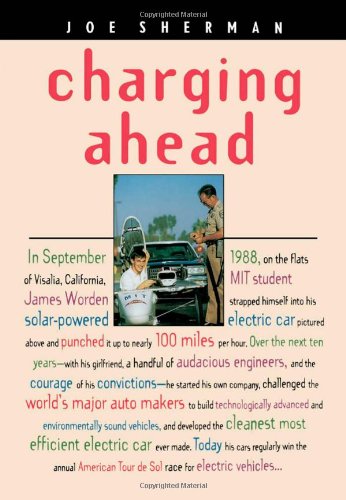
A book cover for Charging Ahead; Joe Sherman; Engineering & Transportation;